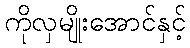
ကိုလှမျိုးအောင်နှင့်